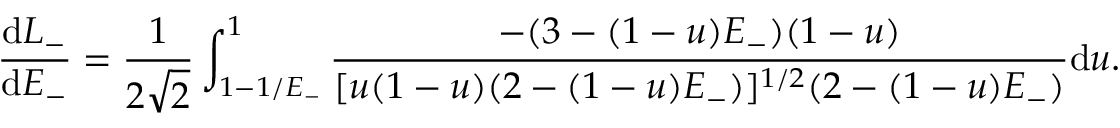
\frac { \mathrm { d } L _ { - } } { \mathrm { d } E _ { - } } = \frac { 1 } { 2 \sqrt { 2 } } \int _ { 1 - 1 / E _ { - } } ^ { 1 } \frac { - ( 3 - ( 1 - u ) E _ { - } ) ( 1 - u ) } { [ u ( 1 - u ) ( 2 - ( 1 - u ) E _ { - } ) ] ^ { 1 / 2 } ( 2 - ( 1 - u ) E _ { - } ) } \mathrm { d } u .